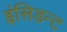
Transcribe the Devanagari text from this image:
इंसिडन्ट